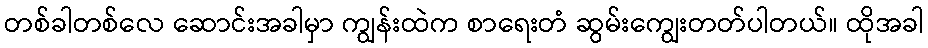
တစ်ခါတစ်လေ ဆောင်းအခါမှာ ကျွန်းထဲက စာရေးတံ ဆွမ်းကျွေးတတ်ပါတယ်။ ထိုအခါ